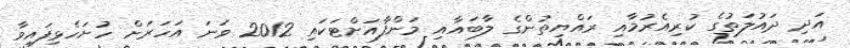
އަދި ދައުލަތުގެ ކުރިއެރުމާއި ރައްޔިތުންގެ ލާބައާއި މަންފާއަށްޓަކައި 2012 ވަނަ އަހަރަށް ހުށަހެޅިފައިވާ